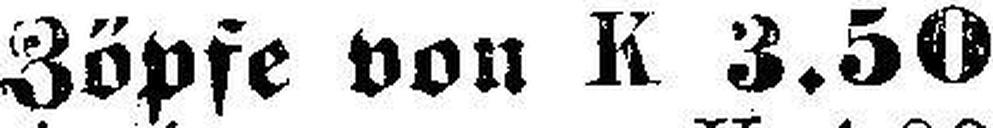
Zöpfe von K 3.50